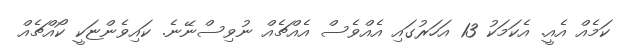
ކަމެއް އެއީ. އެކަމަކު 13 އަހަރުގައި އެއްވެސް އެއްޗެއް ނުވިސްނޭނެ. ކައިވެންޏަކީ ކޯއްޗެއް